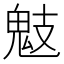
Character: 鬾